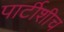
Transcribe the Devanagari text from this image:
पार्टीशीच